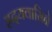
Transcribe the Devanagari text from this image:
ह्रदयवासिने